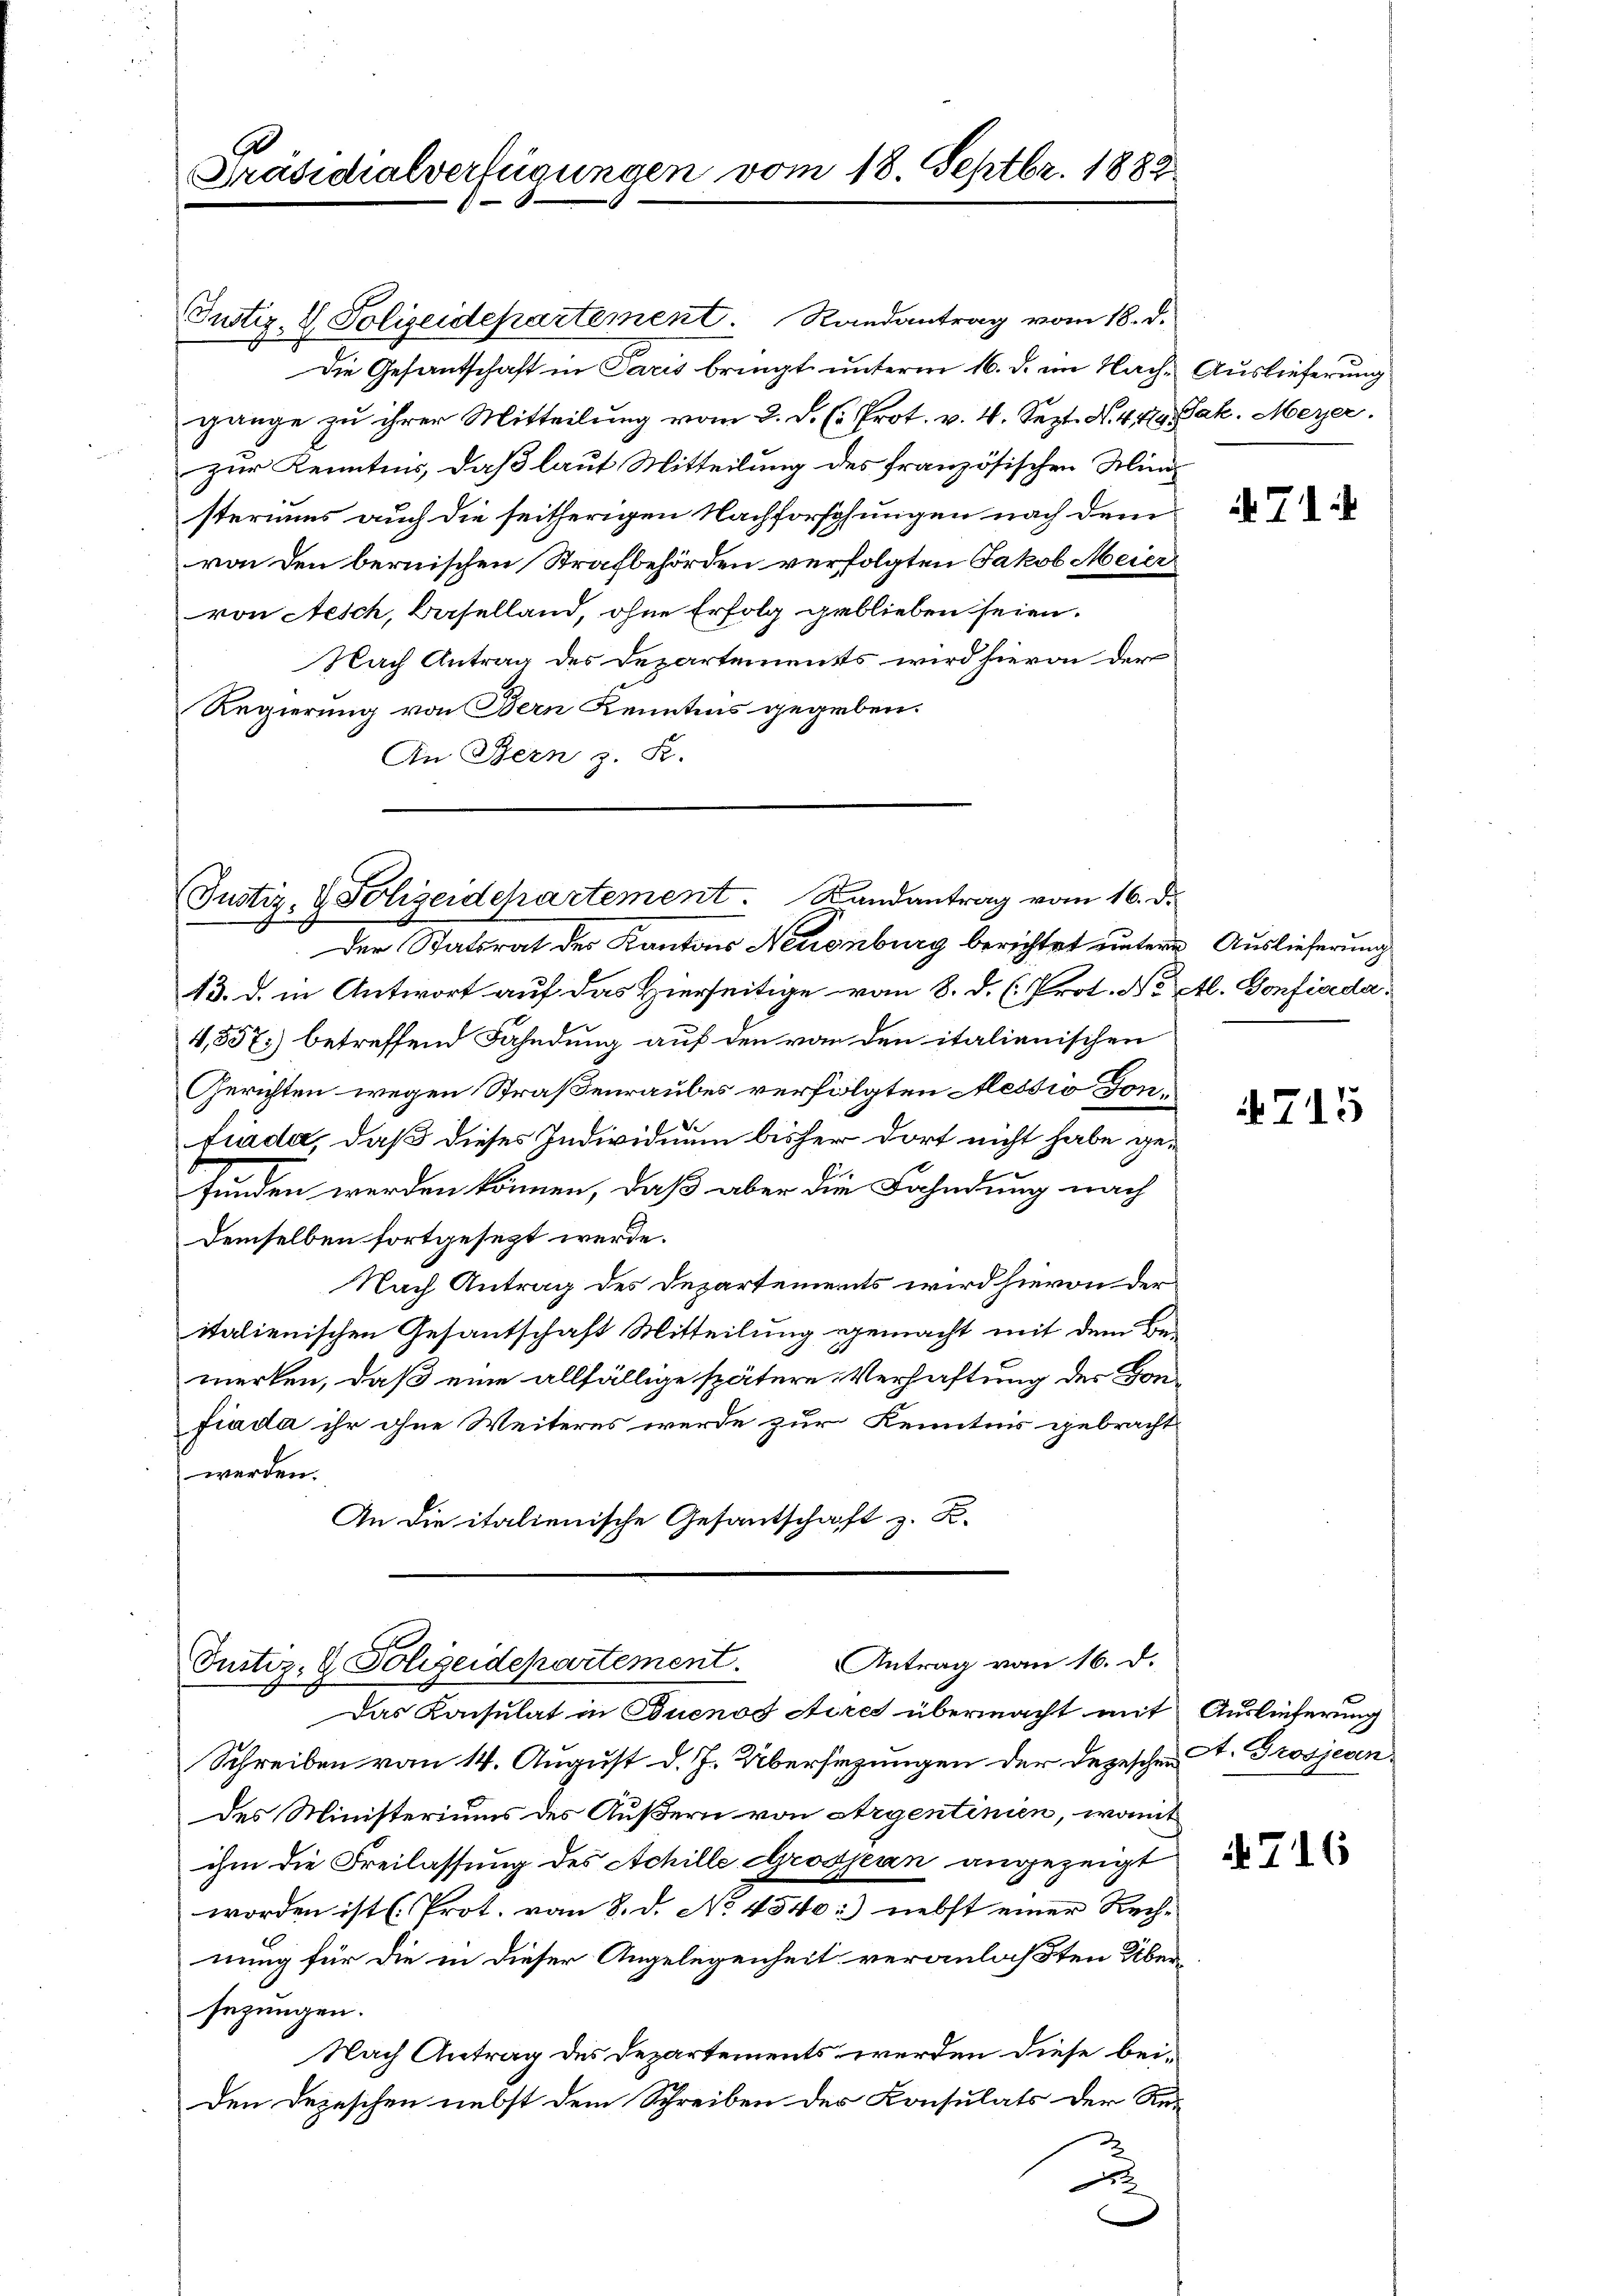
6
Präsidialverfügungen vom 18. Septbr. 1882

Justiz- & Polizeidepartement. Randantrag vom 18. d.
Die Gesantschaft in Paris bringt unterm 16. d. im Nach Auslieferung
gänge zu ihrer Mitteilung vom 2. d. h. Prot. v. 4. Sept. N. 419. Jak. Meyer.
zur Kenntnis, daß laut Mitteilung des französischen Mind
steriums auch die seitherigen Nachforschungen nach dem
von den bernischen Strafbehörden verfolgten Jakob Meier
von Aesch, Baselland, ohne Erfolg geblieben seien.
Nach Antrag des Departements wird hievon der
Regierung von Bern Kenntnis gegeben.
An Bern z. B.

(Justiz- & Polizeidepartement. Randantrag vom 16. d.

Der Statsrat der Kantons Neuenburg berichtet unterm Auslieferung
13. d. in Antwort auf das Hierseitige vom 8. d. h. Prot. No Etl. Confiseda¬
4,857) betreffend Fahndung auf den von den italienischen
Gerichten wegen Straßenraubes verfolgten Messio Gonfiada, daß dieses Individuum bisher dort nicht habe gefunden werden können, daß aber die Fahndung nach
demselben fortgesezt werde.
Nach Antrag des Departements wird hievon der
italienischen Gesantschaft Mitteilung gemacht mit dem Bemerken, daß eine allfällige spätere Verhaftung des Honfiada ihr ohne Weiteres werde zur Kenntnis gebracht
werden.
An die italienische Gesantschaft z. B.

Justiz- & Polizeidepartement. Antrag vom 16. d.

Das Konsulat in Quenos Aires übernacht mit
Schreiben vom 14. August d. J. Übersezungen der Depeschen A. Grosjevendes Ministeriums des Äußern von Argentinien, womit
ihm die Freilassung des Achille Grossern angezeigt
worden ist [Prot. von 8. d. No 4540:) nebst einer Rech-
nung für die in dieser Angelegenheit veranlaßten Übersezungen.
Nach Antrag des Departements werden diese beiden Depeschen nebst dem Schreiben des Consulats der Re-
u

714

715

Auslieferung

716